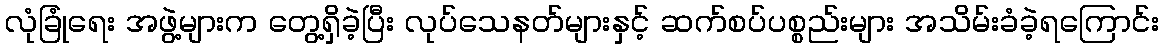
လုံခြုံရေး အဖွဲ့များက တွေ့ရှိခဲ့ပြီး လုပ်သေနတ်များနှင့် ဆက်စပ်ပစ္စည်းများ အသိမ်းခံခဲ့ရကြောင်း